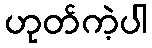
ဟုတ်ကဲ့ပါ